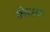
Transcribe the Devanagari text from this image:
कोमलतम